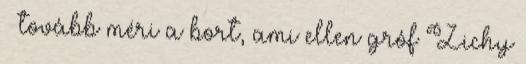
– tovább méri a bort, ami ellen gróf Zichy